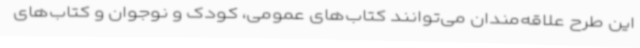
این طرح علاقه‌مندان می‌توانند کتاب‌های عمومی، کودک و نوجوان و کتاب‌های